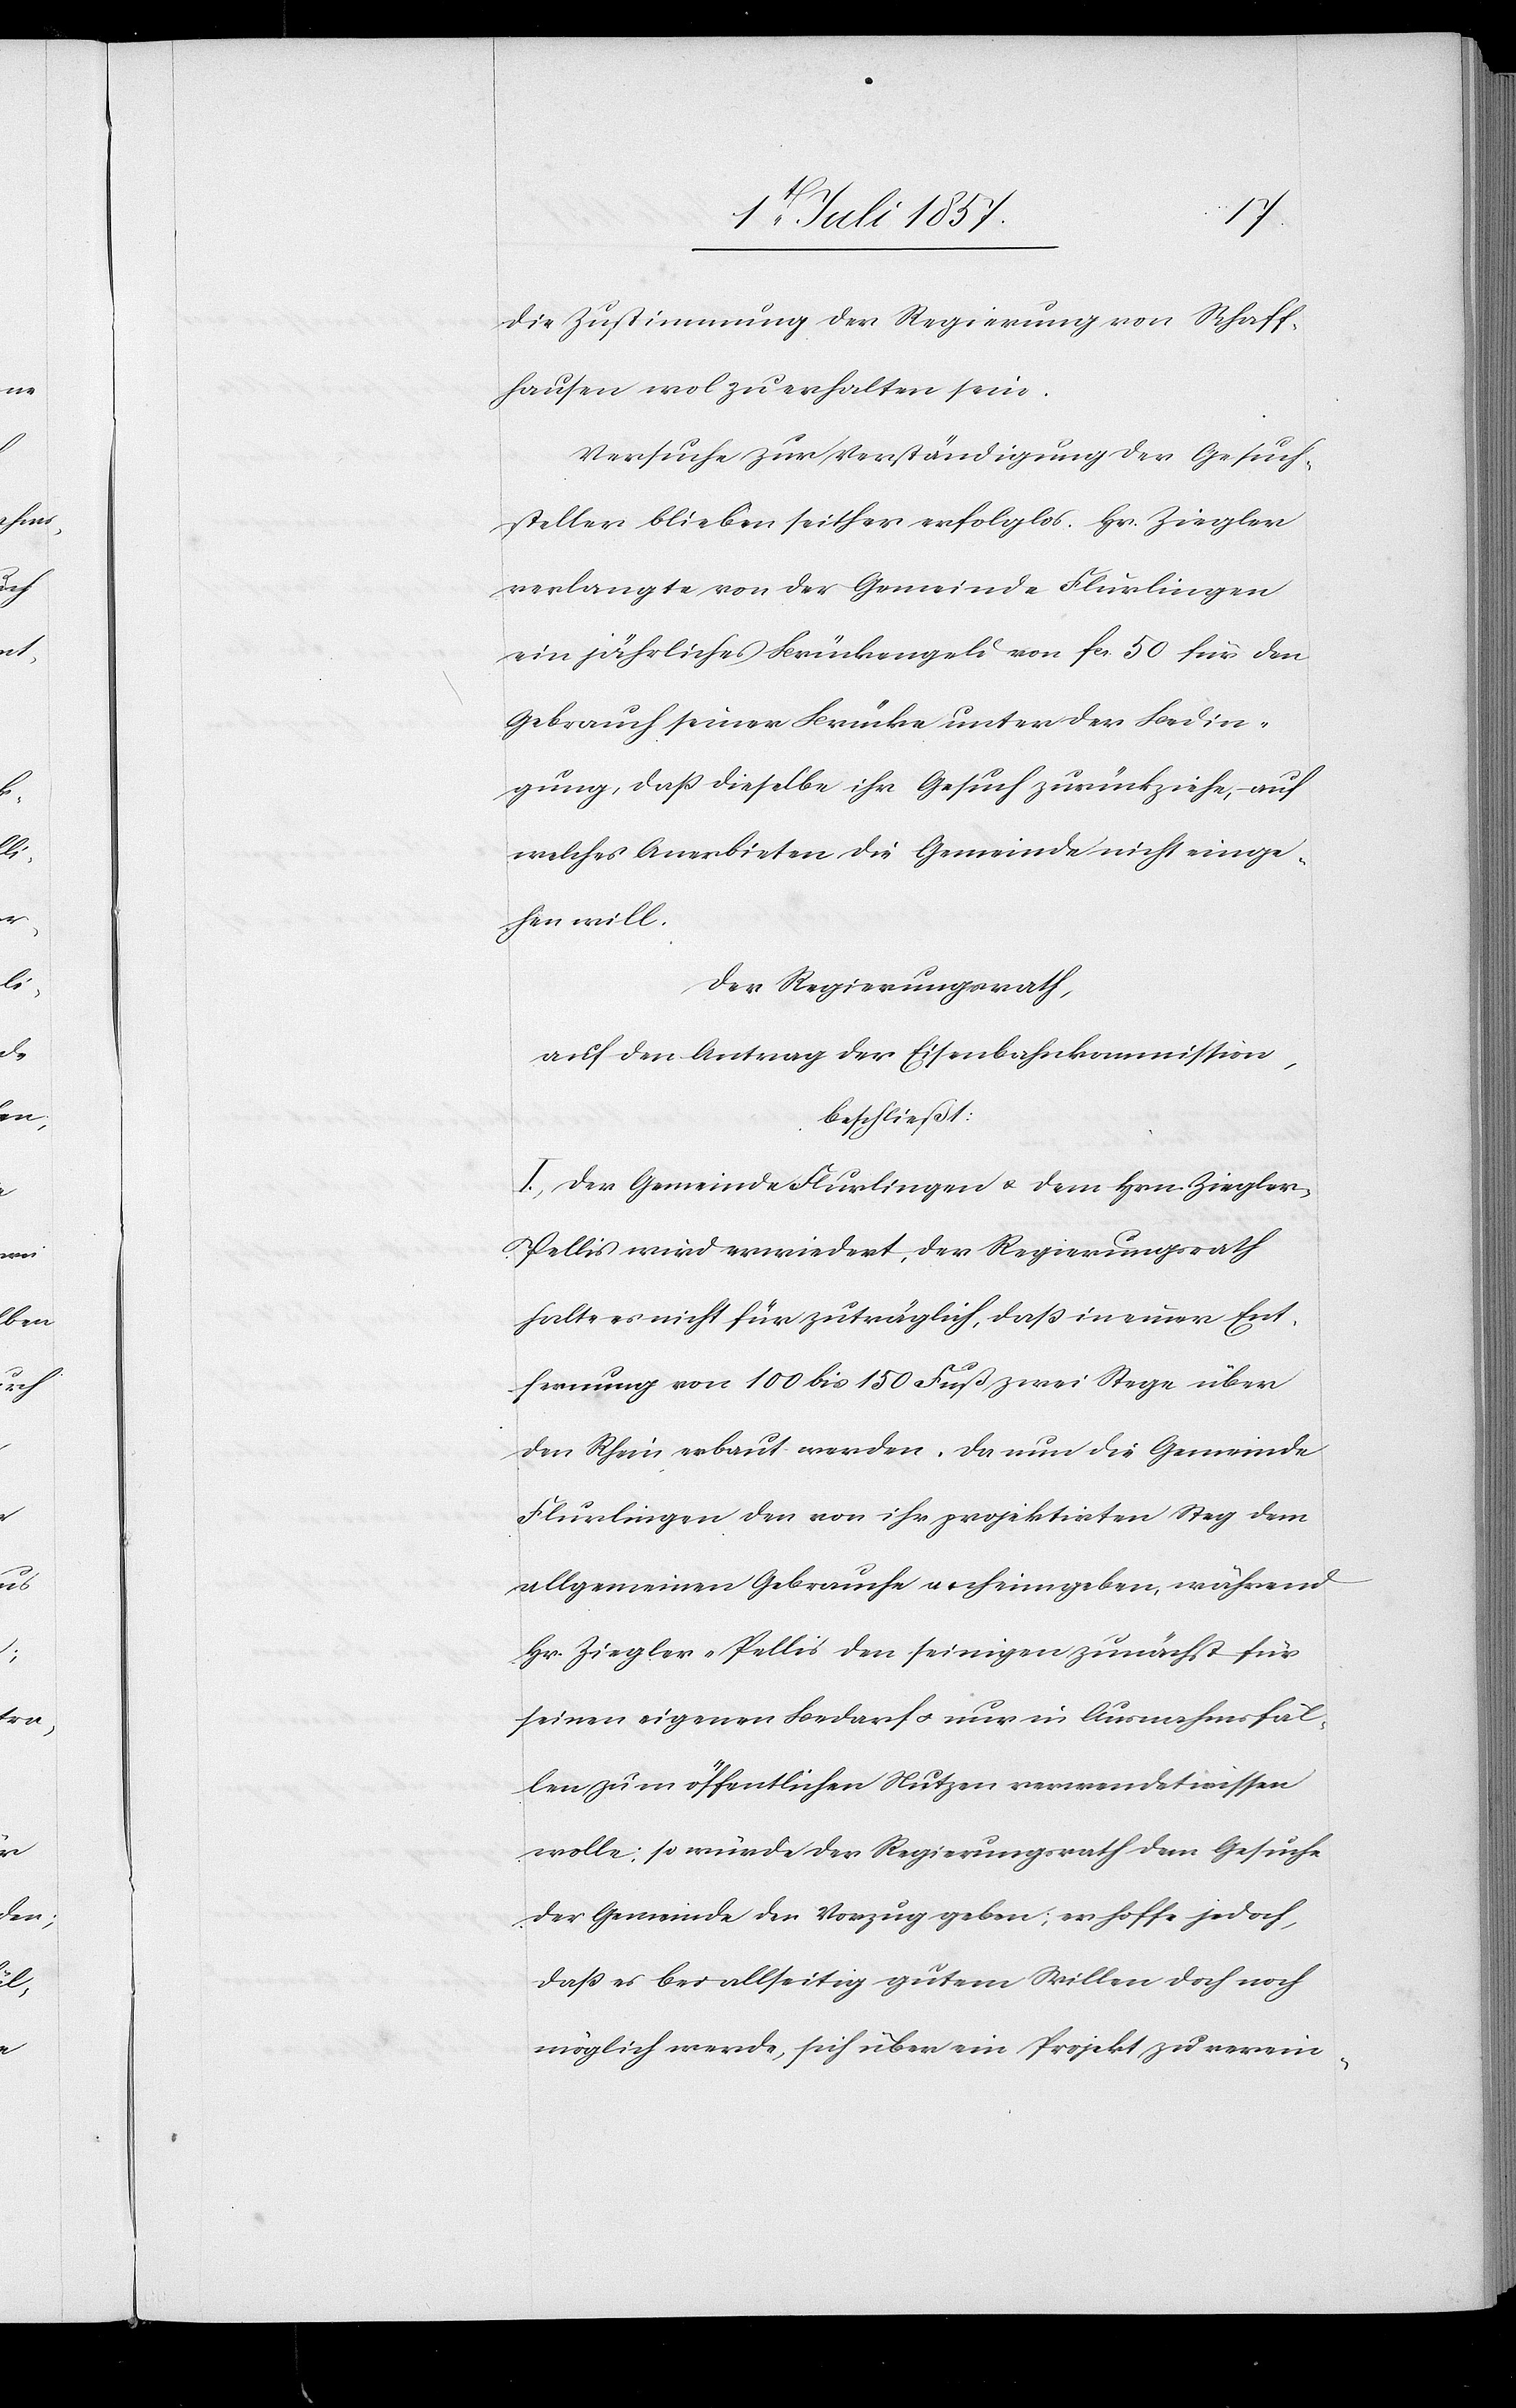
die Zustimmung der Regierung von Schaff¬
hausen wol zu erhalten sein.
Versuche zur Verständigung der Gesuch¬
steller blieben seither erfolglos. Hr. Ziegler
verlangte von der Gemeinde Flurlingen
ein jährliches Brückengeld von fcs. 50 für den
Gebrauch seiner Brücke unter der Bedin¬
gung, daß dieselbe ihr Gesuch zurückziehe, auf
welches Anerbieten die Gemeinde nicht einge¬
hen will.
Der Regierungsrath,
auf den Antrag der Eisenbahnkommission,
beschließt:
I. Der Gemeinde Flurlingen & dem Hrn. Ziegler-P¬
ellis wird erwiedert, der Regierungsrath
halte es nicht für zuträglich, daß in einer Ent¬
fernung von 100 bis 150 Fuß zwei Stege über
den Rhein erbaut werden. Da nun die Gemeinde
Flurlingen den von ihr projektirten Steg dem
allgemeinen Gebrauche anheimgeben, während
Hr. Ziegler-Pellis den seinigen zunächst für
seinen eigenen Bedarf & nur in Ausnahmsfäl¬
len zum öffentlichen Nutzen verwendet wissen
wolle; so würde der Regierungsrath dem Gesuche
der Gemeinde den Vorzug geben; er hoffe jedoch,
daß es bei allseitig gutem Willen doch noch
möglich werde, sich über ein Projekt zu verein-